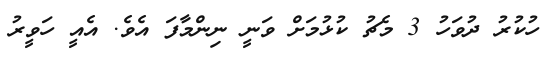
ހުކުރު ދުވަހު 3 މެޗުު ކުޅުމަށް ވަނީ ނިންމާފަ އެވެ. އެއީ ހަވީރު